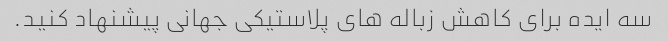
سه ایده برای کاهش زباله های پلاستیکی جهانی پیشنهاد کنید.